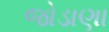
જોડાણા